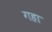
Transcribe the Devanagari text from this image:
गहा